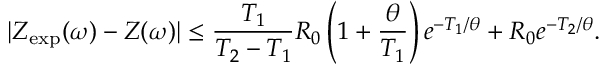
| Z _ { \mathrm { e x p } } ( \omega ) - Z ( \omega ) | \le \frac { T _ { 1 } } { T _ { 2 } - T _ { 1 } } R _ { 0 } \left( 1 + \frac { \theta } { T _ { 1 } } \right) e ^ { - T _ { 1 } / \theta } + R _ { 0 } e ^ { - T _ { 2 } / \theta } .